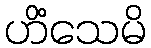
ဟိံသေမိ